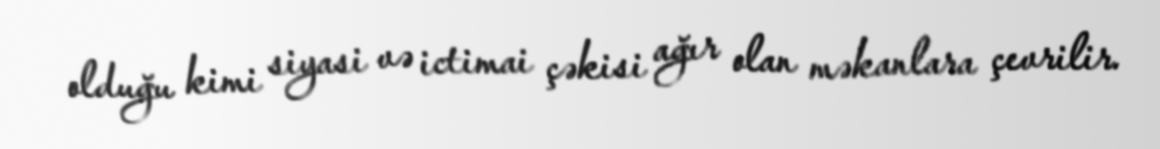
olduğu kimi siyasi və ictimai çəkisi ağır olan məkanlara çevrilir.